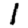
Digit: 1